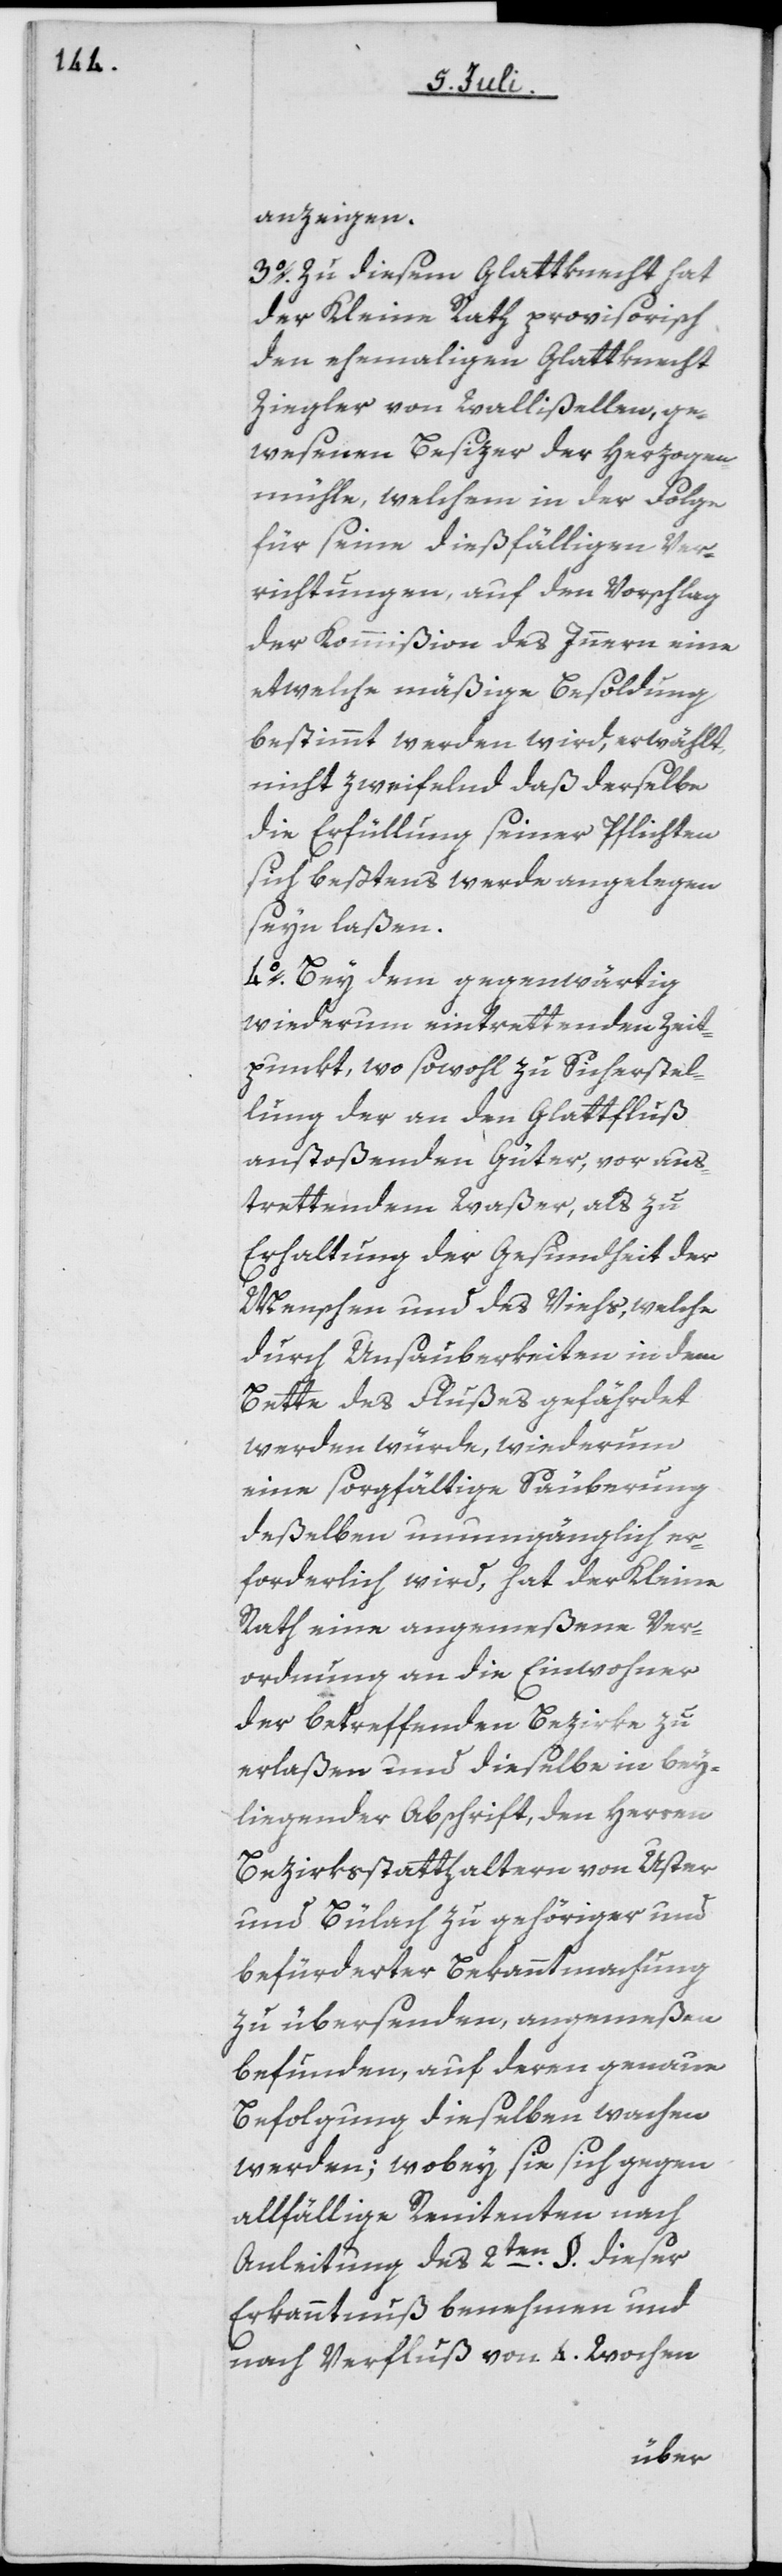
anzeigen.
3o. Zu diesem Glattknecht hat
der Kleine Rath provisorisch
den ehemaligen Glattknecht
Ziegler von Wallisellen, ge¬
wesenen Besizer der Herzogen¬
mühle, welchem in der Folge
für seine dießfälligen Ver¬
richtungen, auf den Vorschlag
der Kommißion des Innern eine
etwelche mäßige Besoldung
bestimmt werden wird, erwählt,
nicht zweifelnd daß derselbe
die Erfüllung seiner Pflichten
sich beßtens werde angelegen
seyn laßen.
4o. Bey dem gegenwärtig
wiederum eintrettenden Zeit¬
punkt, wo sowohl zu Sicherstel¬
lung der an den Glattfluß
anstoßenden Güter, vor aus¬
trettendem Waßer, als zu
Erhaltung der Gesundheit der
Menschen und des Viehs, welche
durch Unsauberkeiten in dem
Bette des Flußes gefährdet
werden würde, wiederum
eine sorgfältige Säuberung
deßelben unumgänglich er¬
forderlich wird, hat der Kleine
Rath eine angemeßene Ver¬
ordnung an die Einwohner
der betreffenden Bezirke zu
erlaßen und dieselbe in bey¬
liegender Abschrift, den Herren
Bezirksstatthaltern von Uster
und Bülach zu gehöriger und
befürderter Bekanntmachung
zu übersenden, angemeßen
befunden, auf deren genaue
Befolgung dieselben wachen
werden; wobey sie sich gegen
allfällige Renitenten nach
Anleitung des 2ten §. dieser
Erkanntnuß benehmen und
nach Verfluß von 4 Wochen